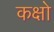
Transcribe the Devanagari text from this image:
कक्षो